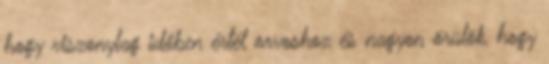
hogy viszonylag időben értél orvoshoz és nagyon örülök, hogy